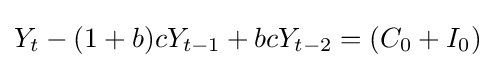
Y_{t}-(1+b)cY_{t-1}+bcY_{t-2}=(C_{0}+I_{0})